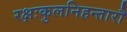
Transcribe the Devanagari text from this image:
रक्षःकुलनिहन्तारौ